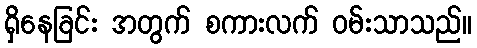
ရှိနေခြင်း အတွက် စကားလက် ဝမ်းသာသည်။